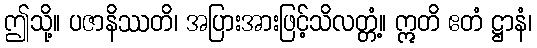
ဤသို့။ ပဇာနိဿတိ၊ အပြားအားဖြင့်သိလတ္တံ့။ ဣတိ ဧတံ ဋ္ဌာနံ၊